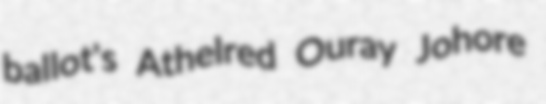
ballot's Athelred Ouray Johore